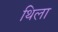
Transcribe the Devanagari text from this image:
थिला